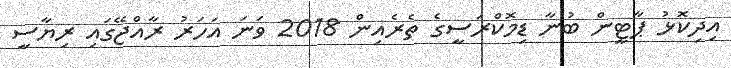
އިދިކޮޅު ޕާޓީން ބުނާ ޑިމޮކްރަސީގެ ތެރެއިން 2018 ވަނަ އަހަރު ރާއްޖޭގައި ރިޔާސީ